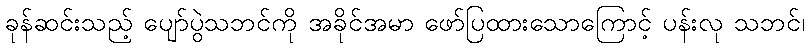
ခုန်ဆင်းသည့် ပျော်ပွဲသဘင်ကို အခိုင်အမာ ဖော်ပြထားသောကြောင့် ပန်းလု သဘင်၊